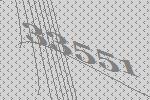
33551